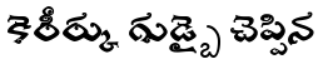
కెరీర్కు గుడ్బై చెప్పిన